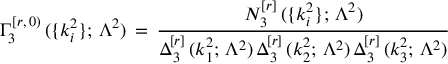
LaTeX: \Gamma _ { 3 } ^ { [ r , \, 0 ) } \, ( \{ k _ { i } ^ { 2 } \} ; \, \Lambda ^ { 2 } ) \, = \, \frac { N _ { 3 } ^ { [ r ] } \, ( \{ k _ { i } ^ { 2 } \} ; \, \Lambda ^ { 2 } ) } { \Delta _ { 3 } ^ { [ r ] } \, ( k _ { 1 } ^ { 2 } ; \, \Lambda ^ { 2 } ) \, \Delta _ { 3 } ^ { [ r ] } \, ( k _ { 2 } ^ { 2 } ; \, \Lambda ^ { 2 } ) \, \Delta _ { 3 } ^ { [ r ] } \, ( k _ { 3 } ^ { 2 } ; \, \Lambda ^ { 2 } ) }